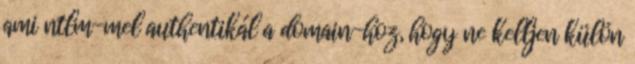
ami ntlm-mel authentikál a domain-hoz, hogy ne kelljen külön